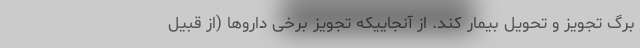
برگ تجویز و تحویل بیمار کند. از آنجاییکه تجویز برخی داروها (از قبیل